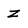
Character: Z